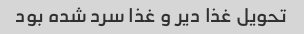
تحویل غذا دیر و غذا سرد شده بود